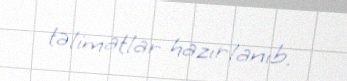
təlimatlar hazırlanıb.